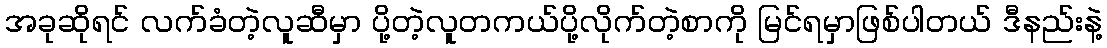
အခုဆိုရင် လက်ခံတဲ့လူဆီမှာ ပို့တဲ့လူတကယ်ပို့လိုက်တဲ့စာကို မြင်ရမှာဖြစ်ပါတယ် ဒီနည်းနဲ့